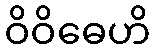
ဝိဝိဓေဟိ